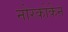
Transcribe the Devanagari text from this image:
नोरकोकेन